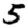
Digit: 5